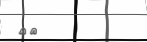
١١